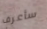
سأعرف